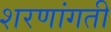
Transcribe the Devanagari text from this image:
शरणांगती